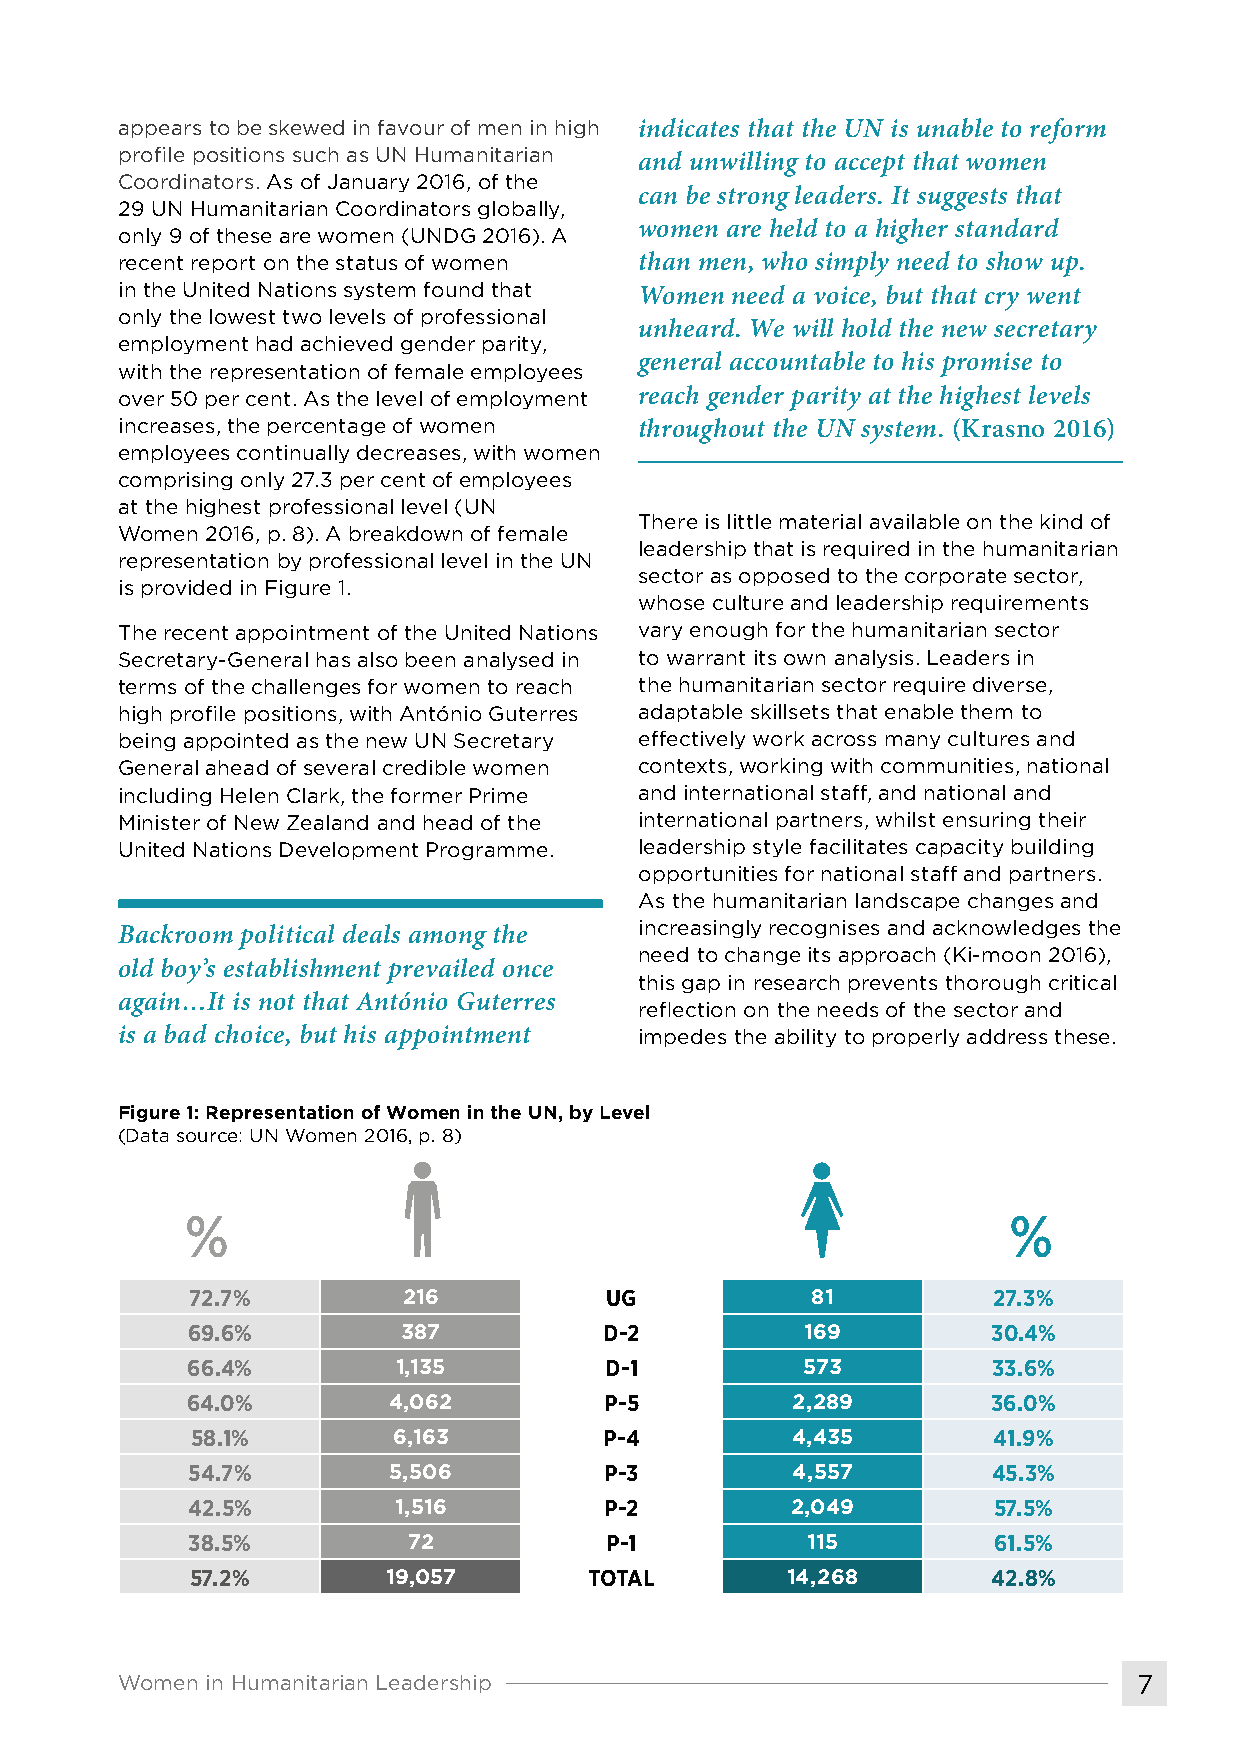
appears to be skewed in favour of men in high indicates that the UN is unable to reform
 profile positions such as UN Humanitarian
 and unwilling to accept that women
 Coordinators. As of January 2016, of the
 can be strong leaders. It suggests that
 29 UN Humanitarian Coordinators globally,
 women are held to a higher standard
 only 9 of these are women (UNDG 2016). A
 recent report on the status of women than men, who simply need to show up.
 in the United Nations system found that Women need a voice, but that cry went
 only the lowest two levels of professional
 unheard. We will hold the new secretary
 employment had achieved gender parity,
 general accountable to his promise to
 with the representation of female employees
 over 50 per cent. As the level of employment reach gender parity at the highest levels
 increases, the percentage of women throughout the UN system. (Krasno 2016)
 employees continually decreases, with women
 comprising only 27.3 per cent of employees
 at the highest professional level (UN
 There is little material available on the kind of
 Women 2016, p. 8). A breakdown of female
 leadership that is required in the humanitarian
 representation by professional level in the UN
 sector as opposed to the corporate sector,
 is provided in Figure 1.
 whose culture and leadership requirements
 The recent appointment of the United Nations vary enough for the humanitarian sector
 Secretary-General has also been analysed in to warrant its own analysis. Leaders in
 terms of the challenges for women to reach the humanitarian sector require diverse,
 high profile positions, with António Guterres adaptable skillsets that enable them to
 being appointed as the new UN Secretary effectively work across many cultures and
 General ahead of several credible women contexts, working with communities, national
 including Helen Clark, the former Prime and international staff, and national and
 Minister of New Zealand and head of the international partners, whilst ensuring their
 United Nations Development Programme. leadership style facilitates capacity building
 opportunities for national staff and partners.
 As the humanitarian landscape changes and
 Backroom political deals among the increasingly recognises and acknowledges the
 need to change its approach (Ki-moon 2016),
 old boy’s establishment prevailed once
 this gap in research prevents thorough critical
 again…It is not that António Guterres
 reflection on the needs of the sector and
 is a bad choice, but his appointment impedes the ability to properly address these.
 Figure 1: Representation of Women in the UN, by Level
 (Data source: UN Women 2016, p. 8)
 %                                                      %
 72.7%          216          UG            81          27.3%
 69.6%          387          D-2          169          30.4%
 66.4%         1,135         D-1          573          33.6%
 64.0%         4,062         P-5         2,289         36.0%
 58.1%        6,163         P-4         4,435         41.9%
 54.7%         5,506         P-3         4,557         45.3%
 42.5%         1,516         P-2         2,049         57.5%
 38.5%          72           P-1          115          61.5%
 57.2%        19,057       TOTAL        14,268        42.8%
 Women in Humanitarian Leadership                                   7